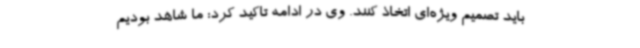
باید تصمیم ویژه‌ای اتخاذ کنند. وی در ادامه تاکید کرد: ما شاهد بودیم